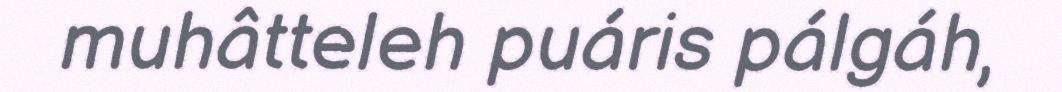
muhâtteleh puáris pálgáh,